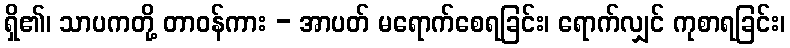
ရှိ၏၊ သာပကတို့ တာဝန်ကား - အာပတ် မရောက်စေရခြင်း၊ ရောက်လျှင် ကုစာရခြင်း၊